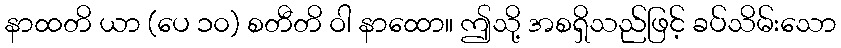
နာထတိ ယာ (ပေ ၁၀) စတီတိ ဝါ နာထော။ ဤသို့ အစရှိသည်ဖြင့် ခပ်သိမ်းသော